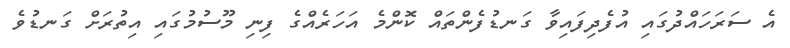
އެ ސަރަހައްދުގައި އުފެދިފައިވާ ގަނޑުފެންތައް ކޮންމެ އަހަރެއްގެ ފިނި މޫސުމުގައި އިތުރަށް ގަނޑުވެ